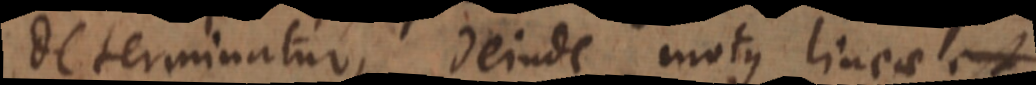
determinatur, deinde motus lineae est